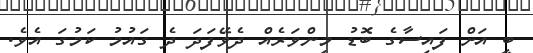
ބީ އަށް ފައިސާގެ ބޮޑު މިންވަރެއް ދެވޭފަދަ ދެ ގައުމު ކަމުގަ އެވެ.